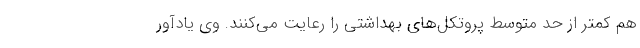
هم کمتر از حد متوسط پروتکل‌های بهداشتی را رعایت می‌کنند. وی یادآور